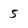
Character: 5